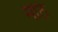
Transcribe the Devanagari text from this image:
मोेठे